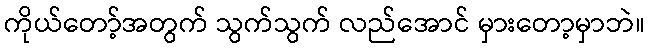
ကိုယ်တော့်အတွက် သွက်သွက် လည်အောင် မှားတော့မှာဘဲ။